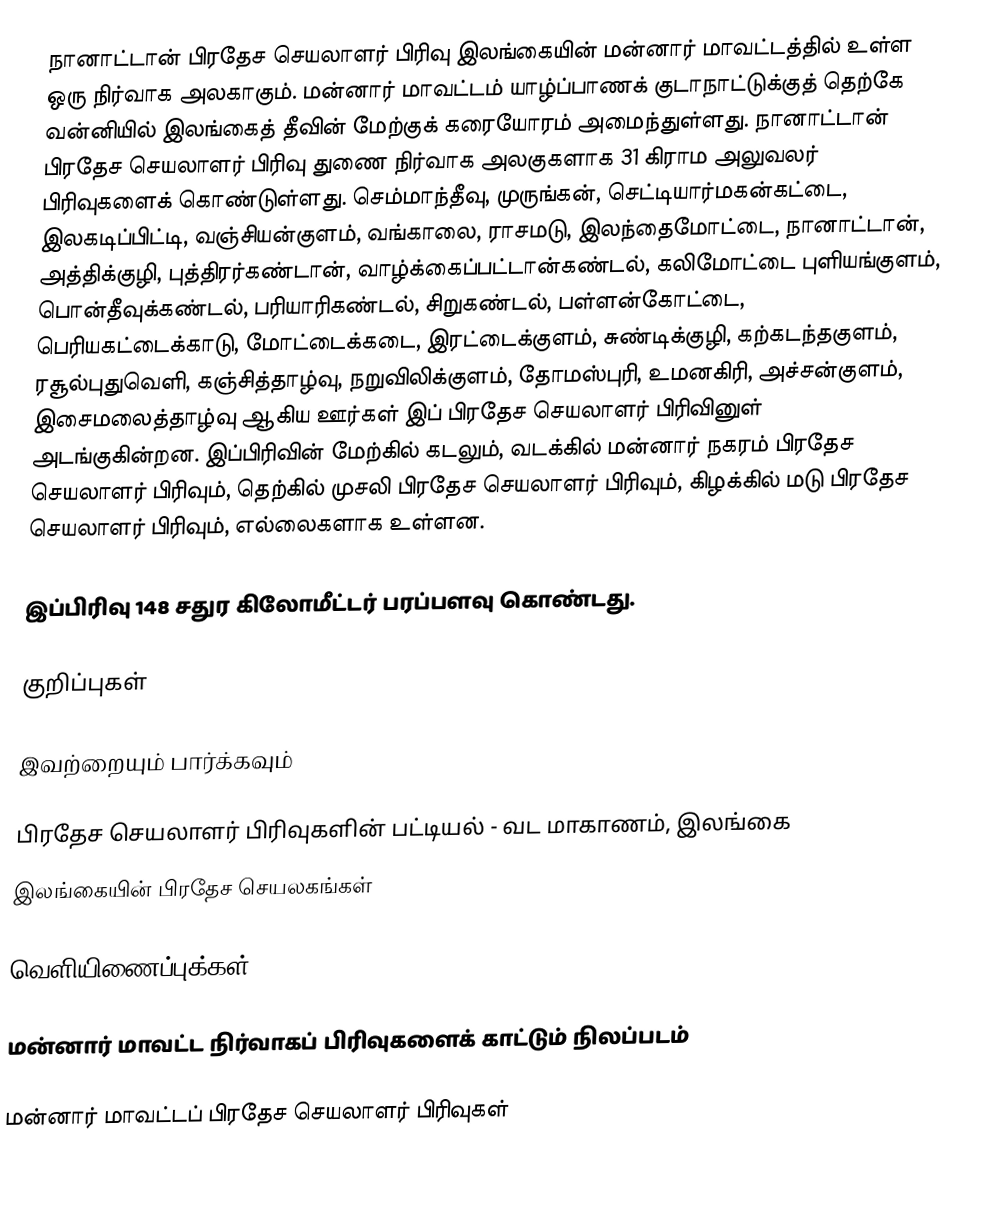
நானாட்டான் பிரதேச செயலாளர் பிரிவு இலங்கையின் மன்னார் மாவட்டத்தில் உள்ள ஒரு நிர்வாக அலகாகும். மன்னார் மாவட்டம் யாழ்ப்பாணக் குடாநாட்டுக்குத் தெற்கே வன்னியில் இலங்கைத் தீவின் மேற்குக் கரையோரம் அமைந்துள்ளது. நானாட்டான் பிரதேச செயலாளர் பிரிவு துணை நிர்வாக அலகுகளாக 31 கிராம அலுவலர் பிரிவுகளைக் கொண்டுள்ளது. செம்மாந்தீவு, முருங்கன், செட்டியார்மகன்கட்டை, இலகடிப்பிட்டி, வஞ்சியன்குளம், வங்காலை, ராசமடு, இலந்தைமோட்டை, நானாட்டான், அத்திக்குழி, புத்திரர்கண்டான், வாழ்க்கைப்பட்டான்கண்டல், கலிமோட்டை புளியங்குளம், பொன்தீவுக்கண்டல், பரியாரிகண்டல், சிறுகண்டல், பள்ளன்கோட்டை, பெரியகட்டைக்காடு, மோட்டைக்கடை, இரட்டைக்குளம், சுண்டிக்குழி, கற்கடந்தகுளம், ரசூல்புதுவெளி, கஞ்சித்தாழ்வு, நறுவிலிக்குளம், தோமஸ்புரி, உமனகிரி, அச்சன்குளம், இசைமலைத்தாழ்வு ஆகிய ஊர்கள் இப் பிரதேச செயலாளர் பிரிவினுள் அடங்குகின்றன. இப்பிரிவின் மேற்கில் கடலும், வடக்கில் மன்னார் நகரம் பிரதேச செயலாளர் பிரிவும், தெற்கில் முசலி பிரதேச செயலாளர் பிரிவும், கிழக்கில் மடு பிரதேச செயலாளர் பிரிவும்,  எல்லைகளாக உள்ளன.

இப்பிரிவு 148 சதுர கிலோமீட்டர் பரப்பளவு கொண்டது.

குறிப்புகள்

இவற்றையும் பார்க்கவும்

 பிரதேச செயலாளர் பிரிவுகளின் பட்டியல் - வட மாகாணம், இலங்கை
 இலங்கையின் பிரதேச செயலகங்கள்

வெளியிணைப்புக்கள்

 மன்னார் மாவட்ட நிர்வாகப் பிரிவுகளைக் காட்டும் நிலப்படம்

மன்னார் மாவட்டப் பிரதேச செயலாளர் பிரிவுகள்